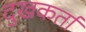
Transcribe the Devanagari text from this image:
दुखकर्ता